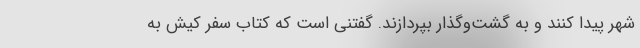
شهر پیدا کنند و به گشت‌وگذار بپردازند. گفتنی است که کتاب سفر کیش به